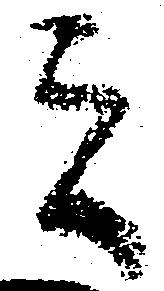
者